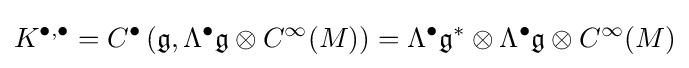
K^{\bullet ,\bullet }=C^{\bullet }\left({\mathfrak {g}},\Lambda ^{\bullet }{\mathfrak {g}}\otimes C^{\infty }(M)\right)=\Lambda ^{\bullet }{\mathfrak {g}}^{*}\otimes \Lambda ^{\bullet }{\mathfrak {g}}\otimes C^{\infty }(M)